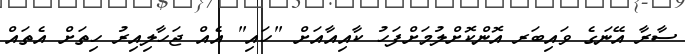
ސާރާ އޭނަގެ ވައިބަރ އޮންކޮށްލުމަށްފަހު ކާއިއާއަށް "ހައި" އެއް ޖަހާލިއިރު ހިތަށް އެތައް